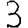
Digit: 3